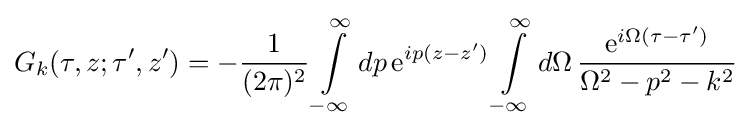
G_{k}(\tau ,z;\tau ',z')=-{\frac {1}{(2\pi )^{2}}}\int \limits _{-\infty }^{\infty }dp\,{\rm {e}}^{ip(z-z')}\int \limits _{-\infty }^{\infty }d\Omega \,{\frac {{\rm {e}}^{i\Omega (\tau -\tau ')}}{\Omega ^{2}-p^{2}-k^{2}}}